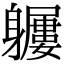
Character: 𨊖